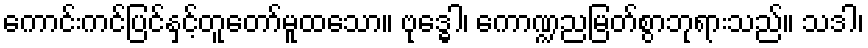
ကောင်းကင်ပြင်နှင့်တူတော်မူထသော။ ဗုဒ္ဓေါ၊ ကောဏ္ဍညမြတ်စွာဘုရားသည်။ သဒါ၊